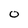
Character: 0